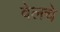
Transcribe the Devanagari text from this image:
वेलचे